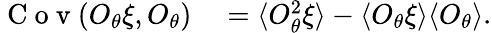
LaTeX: \begin{array}{rl}{\mathrm{~C~o~v~}(O_{\theta}\xi,O_{\theta})}&{{}=\langle O_{\theta}^{2}\xi\rangle-\langle O_{\theta}\xi\rangle\langle O_{\theta}\rangle.}\end{array}